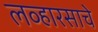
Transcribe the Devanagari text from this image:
लव्हारसाचे